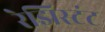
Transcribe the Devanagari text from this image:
रेझिस्टंट